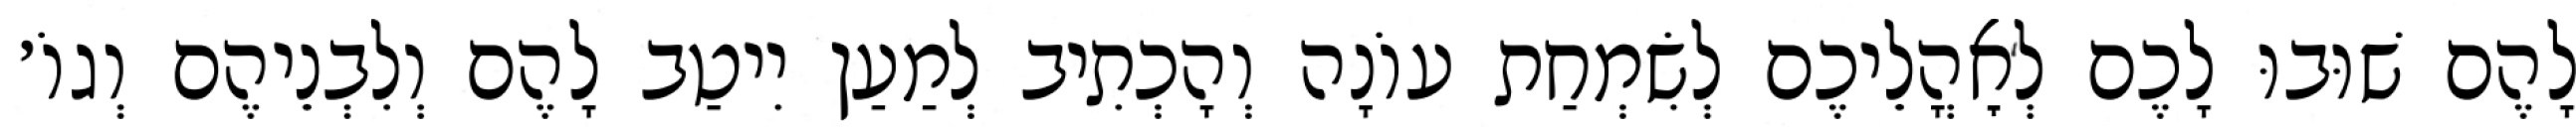
לָהֶם שׁוּבוּ לָכֶם לְאׇהֳלֵיכֶם לְשִׂמְחַת עוֹנָה וְהָכְתִיב לְמַעַן יִיטַב לָהֶם וְלִבְנֵיהֶם וְגוֹ׳